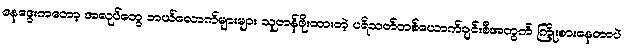
နေဒွေးကတော့ အလုပ်တွေ ဘယ်လောက်များများ သူတန်ဖိုးထားတဲ့ ပရိသတ်တစ်ယောက်ချင်းစီအတွက် ကြိုးစားနေတာပဲ